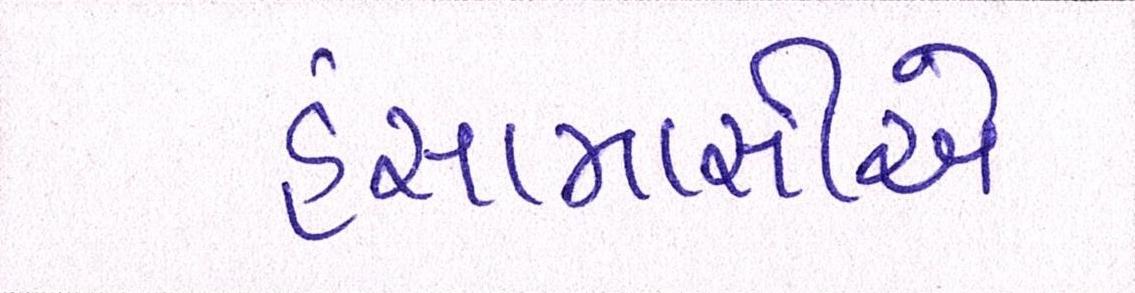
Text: હંસામાસીએ